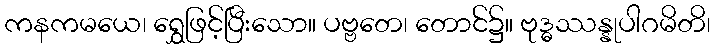
ကနကမယေ၊ ရွှေဖြင့်ပြီးသော။ ပဗ္ဗတေ၊ တောင်၌။ ဗုဒ္ဓဿန္နုပါဂမိတိ၊